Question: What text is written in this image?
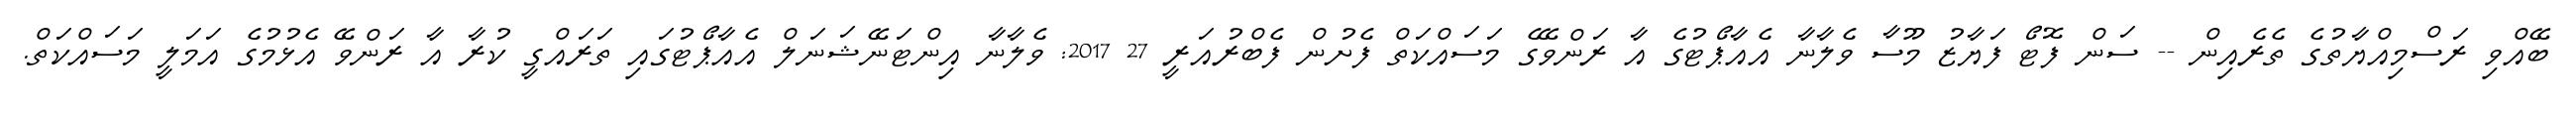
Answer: ބޭއްވި ރަސްމިއްޔާތުގެ ތެރެއިން -- ސަން ފޮޓޯ ފަޔާޒު މޫސާ ވެލާނާ އެއާޕޯޓުގެ އާ ރަންވޭގެ މަސައްކަތް ފެށުން ފެބްރުއަރީ 27 2017: ވެލާނާ އިންޓަނޭޝަނަލް އެއާޕޯޓުގައި ތަރައްގީ ކުރާ އާ ރަންވޭ އެޅުމުގެ އަމަލީ މަސައްކަތް.